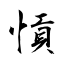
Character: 愩